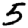
Digit: 5